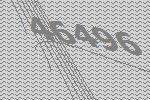
46496